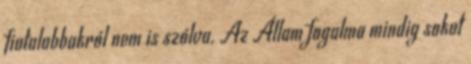
fiatalabbakról nem is szólva. Az Állam fogalma mindig sokat